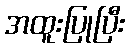
အထူးပြုပြီး